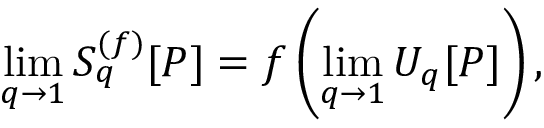
\operatorname* { l i m } _ { q \to 1 } S _ { q } ^ { ( f ) } [ P ] = f \left( \operatorname* { l i m } _ { q \to 1 } U _ { q } [ P ] \right) ,